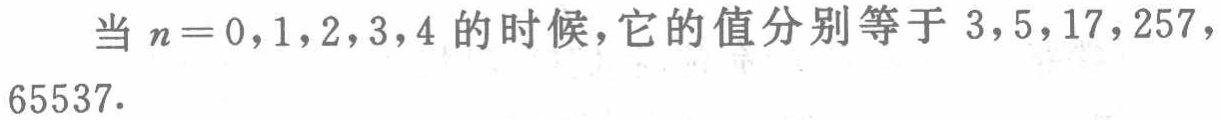
当 \(n = 0,1,2,3,4\) 的时候，它的值分别等于 \(3,5,17,257,65537\).